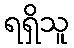
ရရှိသူ